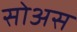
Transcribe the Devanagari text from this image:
सोअस